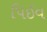
પિઈવ